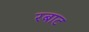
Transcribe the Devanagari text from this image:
रबाट